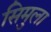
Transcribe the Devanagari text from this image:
सिमुला